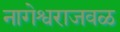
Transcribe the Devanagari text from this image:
नागेश्वराजवळ